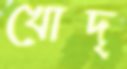
খোদ্‌